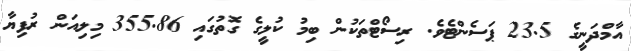
އާމްދަނީގެ 23.5 ޕަސެންޓެވެ. ރިސޯޓްތަކުން ބިމު ކުލީގެ ގޮތުގައި 355.86 މިލިއަން ރުފިޔާ